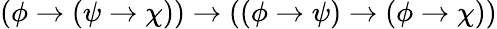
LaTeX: (\phi\to(\psi\to\chi))\to((\phi\to\psi)\to(\phi\to\chi))